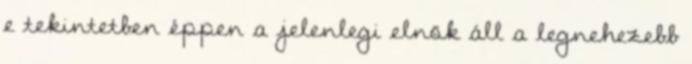
e tekintetben éppen a jelenlegi elnök áll a legnehezebb